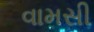
વામસી